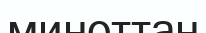
минөттан